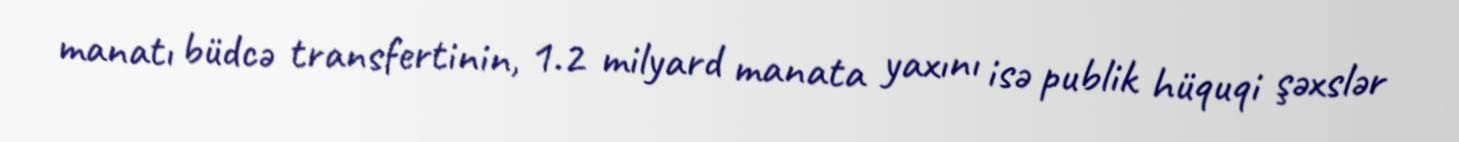
manatı büdcə transfertinin, 1.2 milyard manata yaxını isə publik hüquqi şəxslər